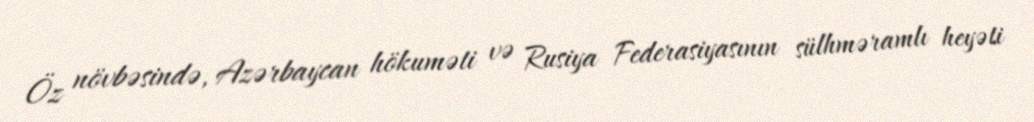
Öz növbəsində, Azərbaycan hökuməti və Rusiya Federasiyasının sülhməramlı heyəti